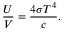
{ \frac { U } { V } } = { \frac { 4 \sigma T ^ { 4 } } { c } } .